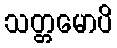
သတ္တမောပိ